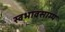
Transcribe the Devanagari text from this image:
स्वभावसाम्य